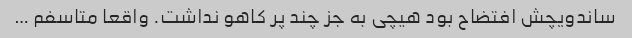
ساندویچش افتضاح بود هیچی به جز چند پر کاهو نداشت. واقعا متاسفم …